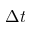
\Delta t